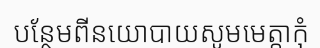
បន្ថែមពីនយោបាយសូមមេត្តាកុំ